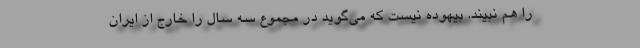
را هم نبیند. بیهوده نیست که می‌گوید در مجموع سه سال را خارج از ایران